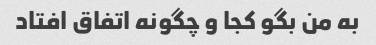
به من بگو کجا و چگونه اتفاق افتاد